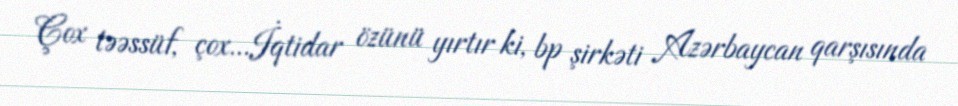
Çox təəssüf, çox...İqtidar özünü yırtır ki, bp şirkəti Azərbaycan qarşısında